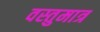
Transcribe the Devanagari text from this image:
वस्तुमात्र